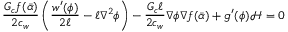
\frac { G _ { c } f ( \bar { \alpha } ) } { 2 c _ { w } } \left( \frac { w ^ { \prime } ( \phi ) } { 2 \ell } - \ell \nabla ^ { 2 } \phi \right) - \frac { G _ { c } \ell } { 2 c _ { w } } \nabla \phi \nabla f ( \bar { \alpha } ) + g ^ { \prime } ( \phi ) \mathcal { H } = 0